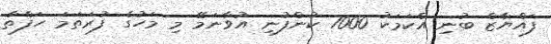
ފައްޔާޒް ބުނި އެކަމަކު 7000 ކުންފުނި އުވާނަމޭ މި މަހުގެ ފުރަތަމަ ހަފްތާ